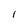
Character: l